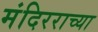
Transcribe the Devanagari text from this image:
मंदिरराच्या